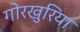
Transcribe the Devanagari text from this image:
गोरखुरिया